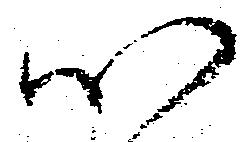
以